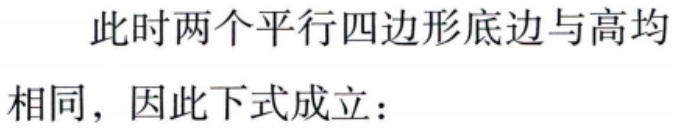
此时两个平行四边形底边与高均

相同，因此下式成立：